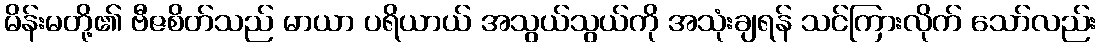
မိန်းမတို့၏ ဗီဇစိတ်သည် မာယာ ပရိယာယ် အသွယ်သွယ်ကို အသုံးချရန် သင်ကြားလိုက် သော်လည်း